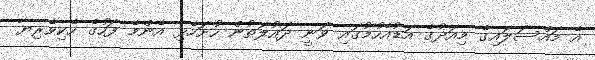
އެ މައްސަލައިގެ މިއަދުގެ އަޑުއެހުމުގައި ވަނީ ދައުލަތުން ހުށަހެޅި އެންމެ ފަހުގެ ހެކިވެރިޔާ